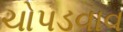
ચોપડવાવ